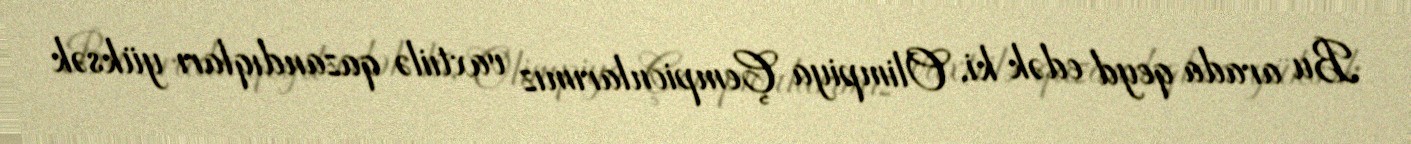
Bu arada qeyd edək ki, Olimpiya Çempionlarımız vaxtıilə qazandıqları yüksək